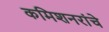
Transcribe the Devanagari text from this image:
कमिशनरांचे